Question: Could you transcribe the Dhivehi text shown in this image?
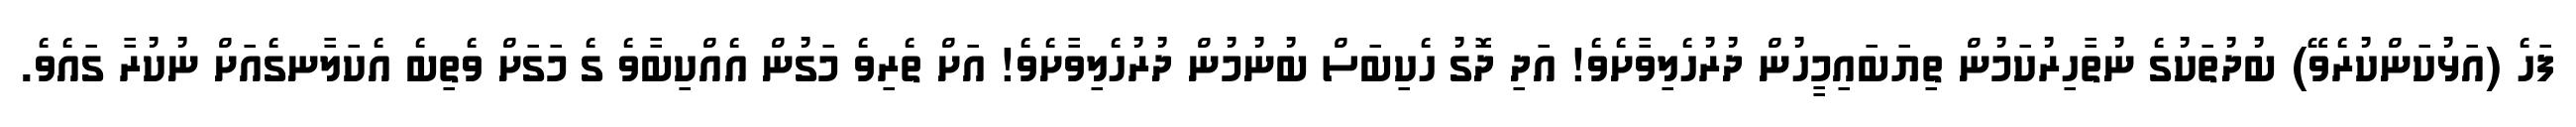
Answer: ފަހެ (އަޅުކަންކުރެވޭ) ބުދުތަކުގެ ނުތާހިރުކަމުން ތިޔަބައިމީހުން ދުރުހެލިވާށެވެ! އަދި ދޮގު ހެކިބަސް ބުނުމުން ދުރުހެލިވާށެވެ! އަށް ތެރިވެ މަގުން އެއްކިބާވެ ގެ މަގަށް ވެތިބެ އެކަލާނގެއަށް ނުކުރާ ގައެވެ.